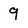
Character: 9